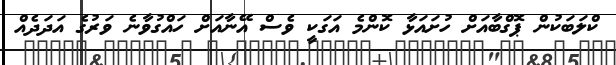
ކްލަބަކުން ޕޮގްބާއަށް ހުށައަޅާ ކޮންމެ އަގަކީ ވެސް އޭނާއަށް ހައްގުވާނެ ވަރުގެ އަދަދެއް